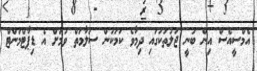
އެމްސީއެސް އިން ބުނީ ޖަލުތަކުގައި ދިމާވެ ކަމަކުން ސަލާމަތް ވުމަށް އެ ޑިޕާޓްމަންޓް